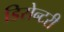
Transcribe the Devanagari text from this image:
डिसेन्टरी